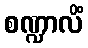
စဏ္ဍာလိံ